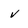
Character: v